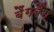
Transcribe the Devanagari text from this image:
बैंगबैंग